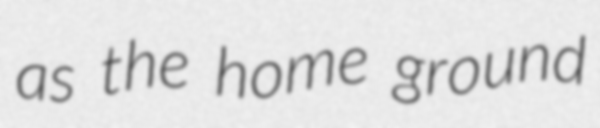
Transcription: as the home ground